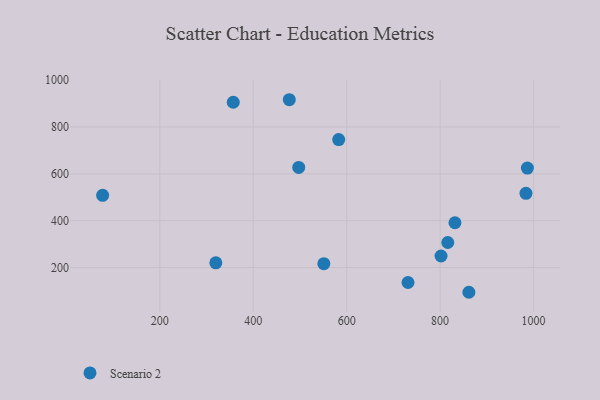
{"axis": {"x": "Experience", "y": "Yield"}, "legend": ["Scenario 2"], "data": [{"x": "497.4", "y": 627.4, "type": "Scenario 2"}, {"x": "731.3", "y": 136.0, "type": "Scenario 2"}, {"x": "551.1", "y": 216.5, "type": "Scenario 2"}, {"x": "357.2", "y": 905.7, "type": "Scenario 2"}, {"x": "582.9", "y": 746.3, "type": "Scenario 2"}, {"x": "477.2", "y": 916.4, "type": "Scenario 2"}, {"x": "816.4", "y": 306.8, "type": "Scenario 2"}, {"x": "861.6", "y": 94.3, "type": "Scenario 2"}, {"x": "319.9", "y": 220.0, "type": "Scenario 2"}, {"x": "831.8", "y": 391.1, "type": "Scenario 2"}, {"x": "983.8", "y": 516.8, "type": "Scenario 2"}, {"x": "802.0", "y": 249.1, "type": "Scenario 2"}, {"x": "986.8", "y": 624.5, "type": "Scenario 2"}, {"x": "77.6", "y": 508.1, "type": "Scenario 2"}]}